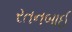
રતનબાઈ